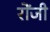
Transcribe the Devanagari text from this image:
रोंजी